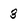
Character: 3